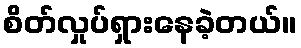
စိတ်လှုပ်ရှားနေခဲ့တယ်။